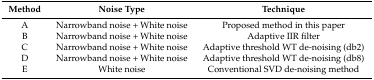
| Method | Noise Type | Technique |
 | --- | --- | --- |
 | A | Narrowband noise + White noise | Proposed method in this paper |
 | B | Narrowband noise + White noise | Adaptive IIR filter |
 | C | Narrowband noise + White noise | Adaptive threshold WT de-noising (db2) |
 | D | Narrowband noise + White noise | Adaptive threshold WT de-noising (db8) |
 | E | White noise | Conventional SVD de-noising method |